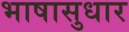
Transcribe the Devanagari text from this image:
भाषासुधार